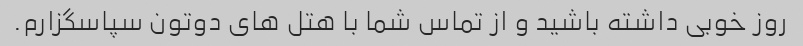
روز خوبی داشته باشید و از تماس شما با هتل های دوتون سپاسگزارم.